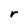
Character: r